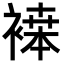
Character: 𬡪